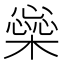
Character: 橤